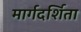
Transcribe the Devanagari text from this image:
मार्गदर्शिता